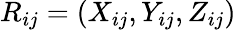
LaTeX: R_{ij}=(X_{ij},Y_{ij},Z_{ij})